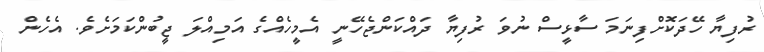
ރުފިޔާ ހޭދަކޮށްފިނަމަ ސާޅީސް ނުވަ ރުފިޔާ ދައްކަންޖެހޭނީ އެމީހެއްގެ އަމިއްލަ ޖީބުންކަމަށެވެ. އެހެން